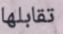
تقابلها